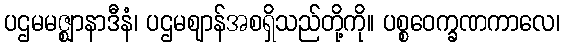
ပဌမမဇ္ဈာနာဒီနံ၊ ပဌမဈာန်အစရှိသည်တို့ကို။ ပစ္စဝေက္ခဏကာလေ၊